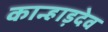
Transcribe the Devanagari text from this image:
कान्हाड़देव